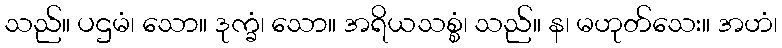
သည်။ ပဌမံ၊ သော။ ဒုက္ခံ၊ သော။ အရိယသစ္စံ၊ သည်။ န၊ မဟုတ်သေး။ အဟံ၊